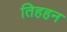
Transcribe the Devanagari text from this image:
तिहहन